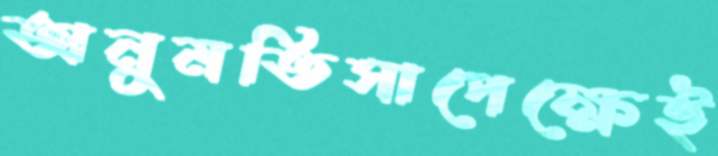
অনুমতিসাপেক্ষেই